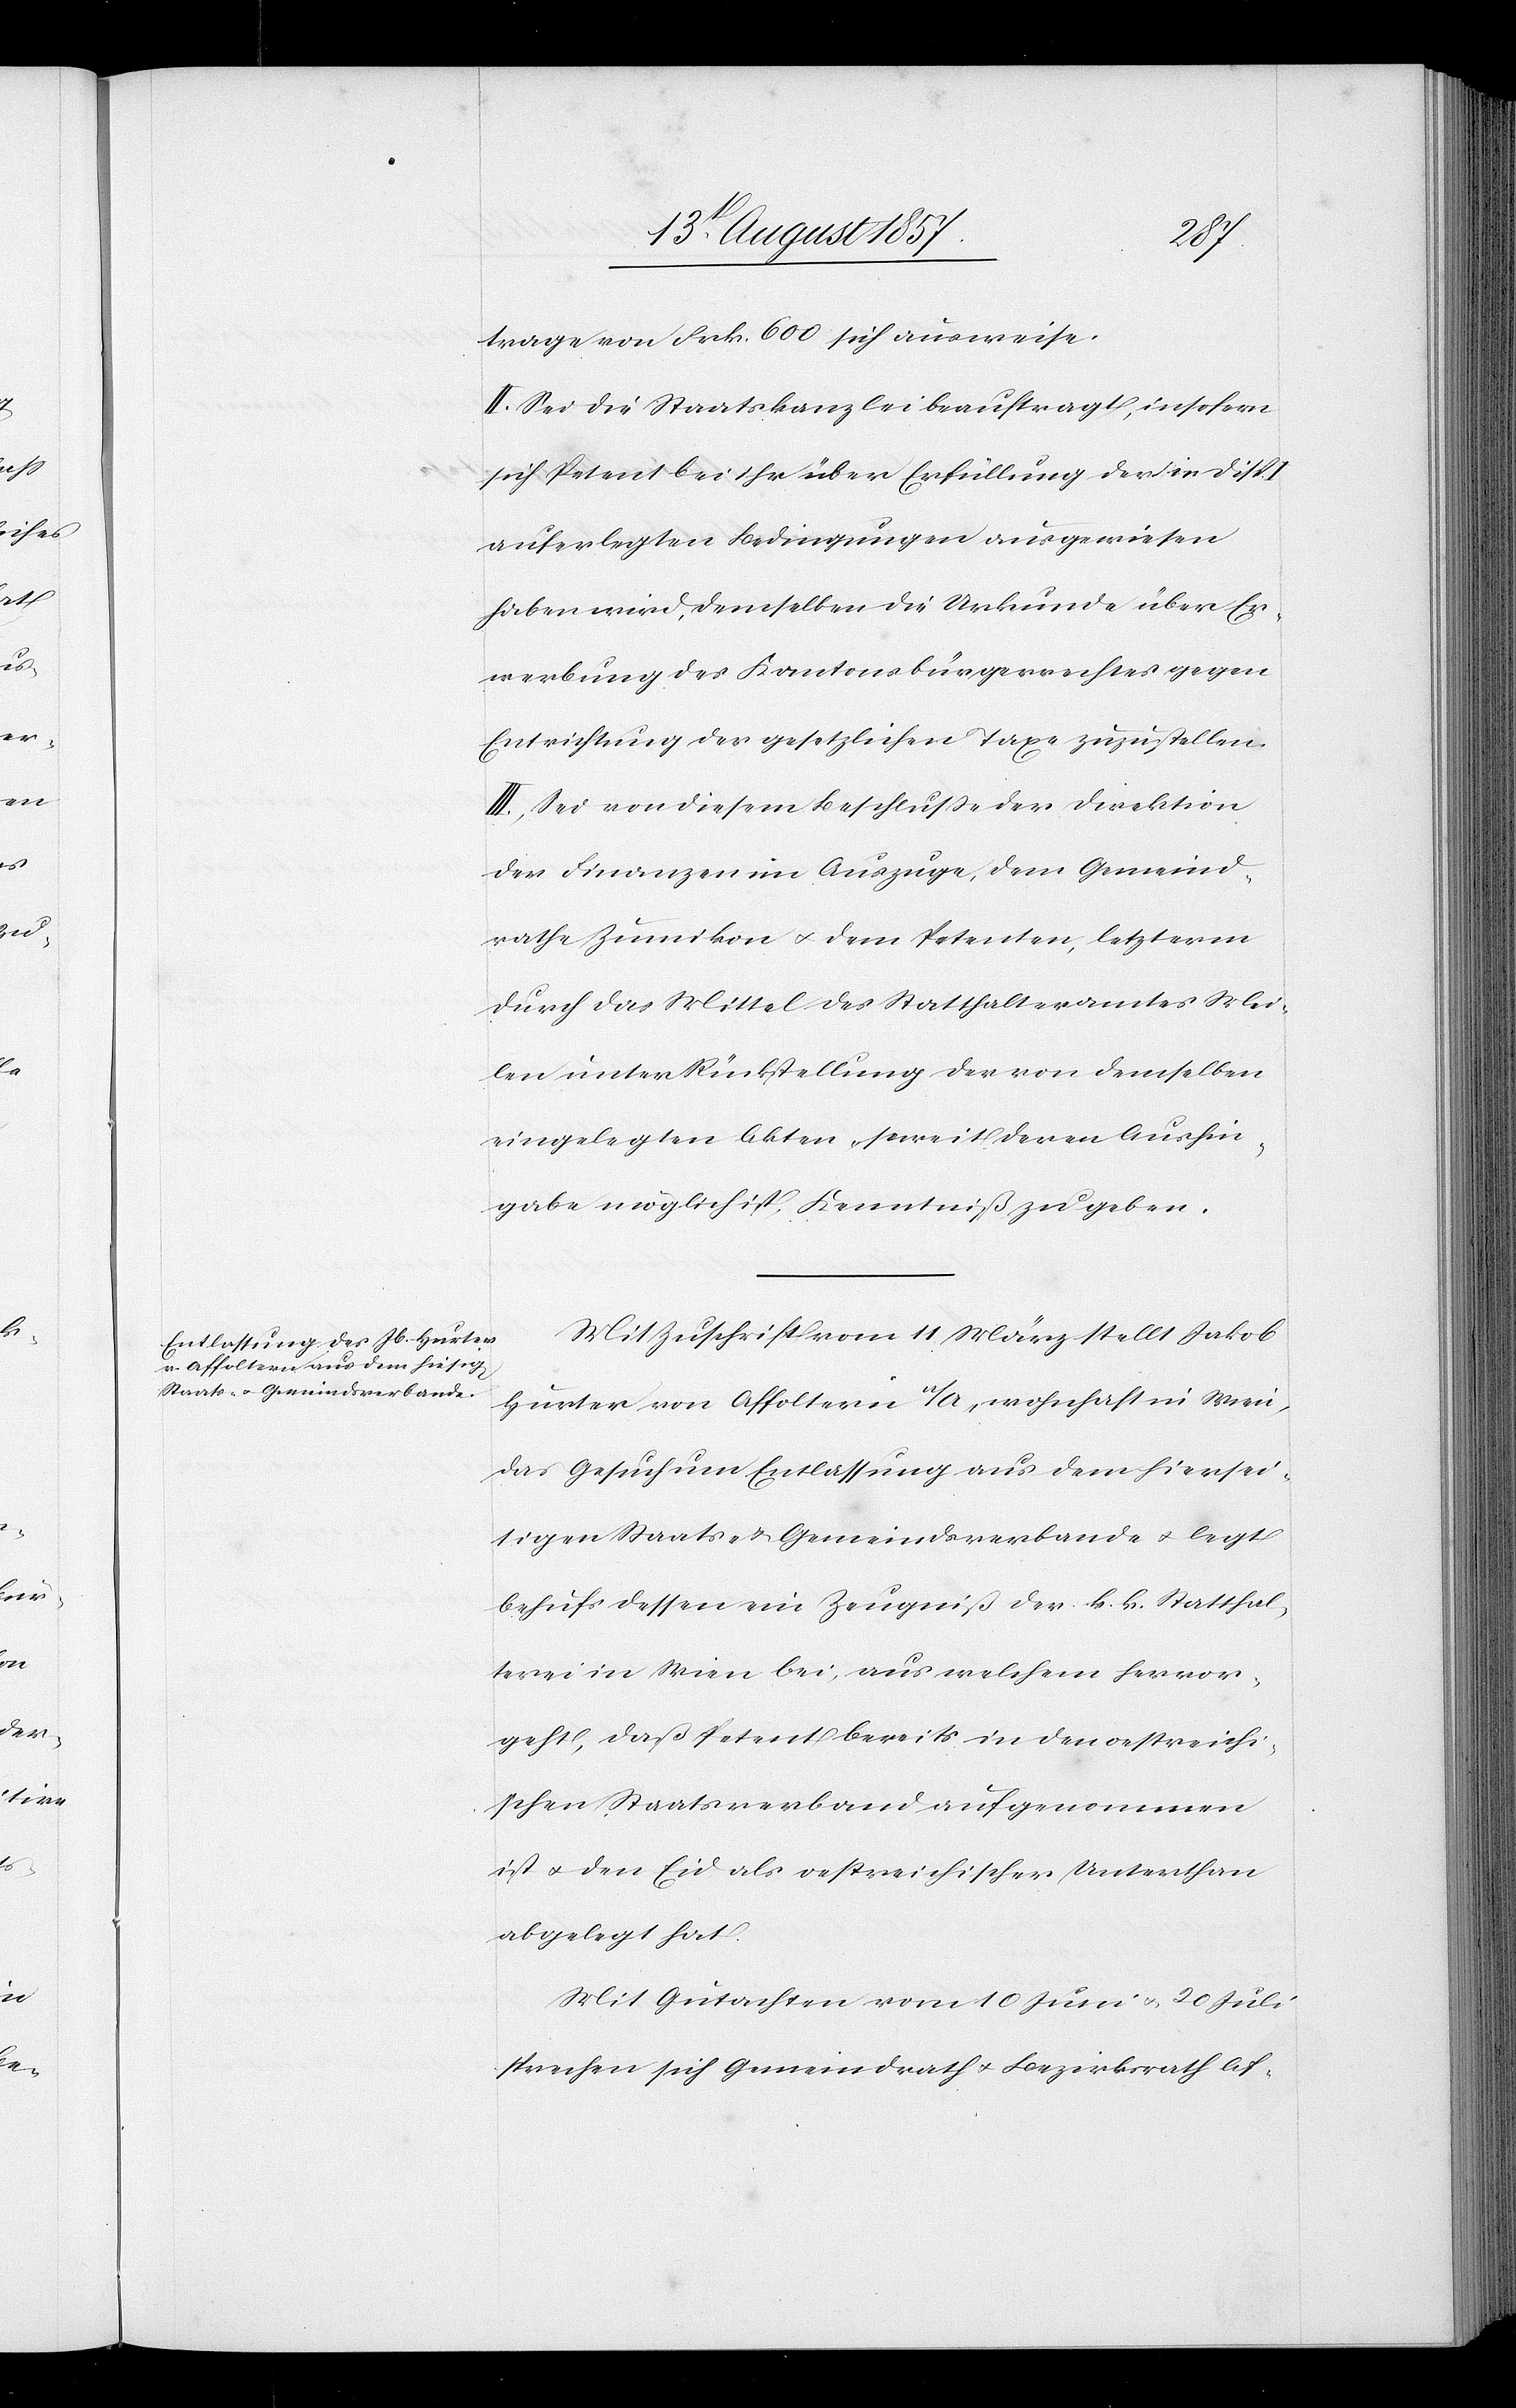
trage von Frk. 600 sich ausweise.
II. Sei die Staatskanzlei beauftragt, insofern
sich Petent bei ihr über Erfüllung der in Disp.
auferlegten Bedingungen ausgewiesen
haben wird, demselben die Urkunde über Er¬
werbung des Kantonsbürgerrechtes gegen
Entrichtung der gesetzlichen Taxe zuzustellen.
III. Sei von diesem Beschlusse der Direktion
der Finanzen im Auszuge, dem Gemeind¬
rathe Zumikon & dem Petenten, letzterm
durch das Mittel des Statthalteramtes Mei¬
len unter Rückstellung der von demselben
eingelegten Akten, soweit deren Aushin¬
gabe möglich ist, Kenntniß zu geben.
Mit Zuschrift vom 11 März stellt Jakob
Hurter von Affoltern a/A. wohnhaft in Wien,
das Gesuch um Entlassung aus dem hiersei¬
tigen Staats- & Gemeindsverbande & legt
behufs dessen ein Zeugniß der k. k. Statthal¬
terei in Wien bei, aus welchem hervor¬
geht, daß Petent bereits in den oestreichi¬
schen Staatsverbande aufgenommen
ist & den Eid als oestreichischer Unterthan
abgelegt hat.
Mit Gutachten vom 10 Juni & 20 Juli
sprachen sich Gemeindrath & Bezirksrath Af-